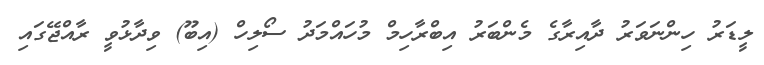
ލީޑަރު ހިންނަވަރު ދާއިރާގެ މެންބަރު އިބްރާހިމް މުހައްމަދު ސޯލިހް (އިބޫ) ވިދާޅުވީ ރާއްޖޭގައި